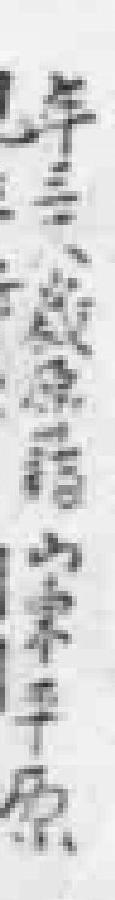
年三十八嵗原籍山東平原